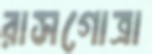
রাসগোত্রা